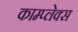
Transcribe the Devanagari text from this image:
काम्‍प्‍लेक्स